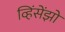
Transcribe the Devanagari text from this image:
व्हिंसेंझो